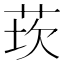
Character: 莰